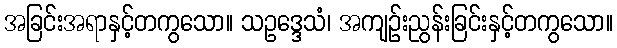
အခြင်းအရာနှင့်တကွသော။ သဥဒ္ဒေသံ၊ အကျဉ်းညွန်းခြင်းနှင့်တကွသော။